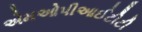
એમઓપીઆઈટીટી